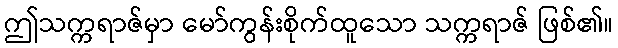
ဤသက္ကရာဇ်မှာ မော်ကွန်းစိုက်ထူသော သက္ကရာဇ် ဖြစ်၏။